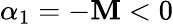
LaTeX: \alpha_{1}=-\mathbf{M}<0